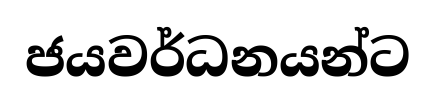
ජයවර්ධනයන්ට